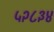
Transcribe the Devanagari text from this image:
५२८३४